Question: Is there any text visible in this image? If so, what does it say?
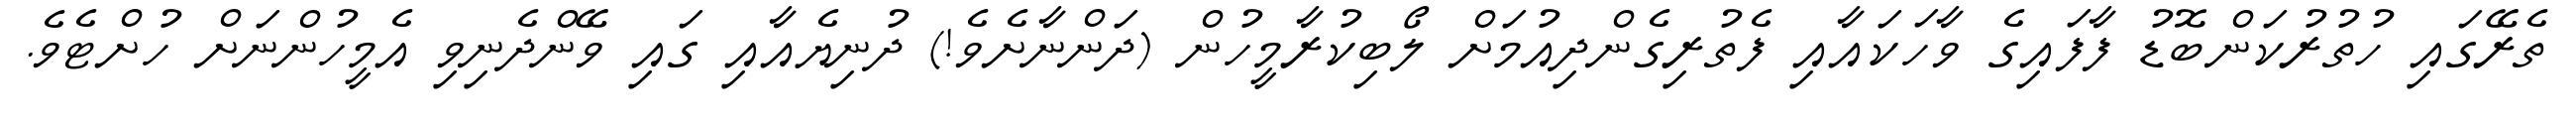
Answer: ތެރޭގައި ހުތުރުކަންބޮޑު ފާފައިގެ ވާހަކައާއި ފެތުރިގެންދިއުމަށް ލޯބިކުރާމީހުން (ދަންނާށެވެ!) ދުނިޔެއާއި ގައި ވޭންދެނިވި އެމީހުންނަށް ހުށްޓެވެ.